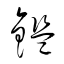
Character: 鑑